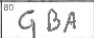
Transcription: GBA